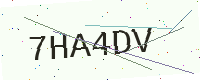
Text: 7HA4DV